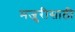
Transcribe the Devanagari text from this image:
मजुरीसाठी